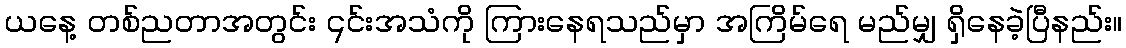
ယနေ့ တစ်ညတာအတွင်း ၎င်းအသံကို ကြားနေရသည်မှာ အကြိမ်ရေ မည်မျှ ရှိနေခဲ့ပြီနည်း။